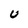
Character: U